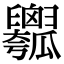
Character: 𤬢